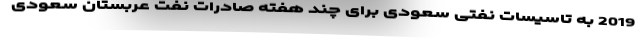
2019 به تاسیسات نفتی سعودی برای چند هفته صادرات نفت عربستان سعودی